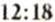
12:18